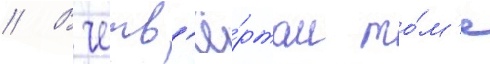
// В четв'ё́ртом то́м'е